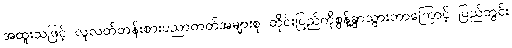
အထူးသဖြင့် လူလတ်တန်းစားပညာတတ်အများစု တိုင်းပြည်ကိုစွန့်ခွာသွားတာကြောင့် ပြည်တွင်း